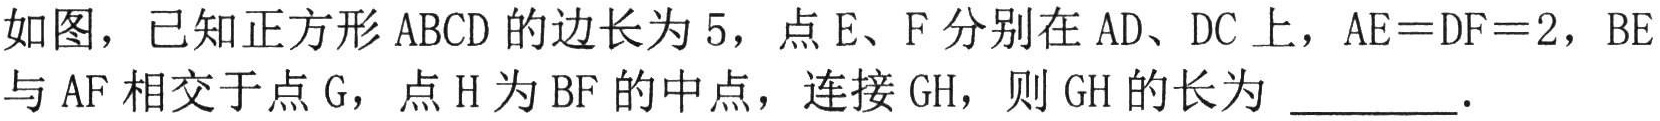
如图，已知正方形 \(ABCD\) 的边长为 \(5\)，点 \(E、F\) 分别在 \(AD、DC\) 上，\(AE = DF = 2\)，\(BE\) 与 \(AF\) 相交于点 \(G\)，点 \(H\) 为 \(BF\) 的中点，连接 \(GH\)，则 \(GH\) 的长为 \_\_\_\_\_．